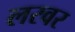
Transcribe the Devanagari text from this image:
लरवर